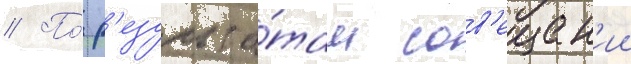
// По́ р'езульта́там сов'ещан'ии